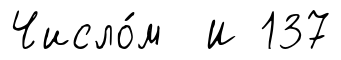
Число́м И 137